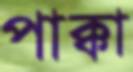
পাক্কা